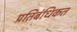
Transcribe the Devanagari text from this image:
प्रतिबंधिकत